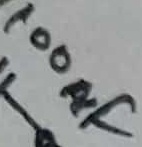
Text: 100µF